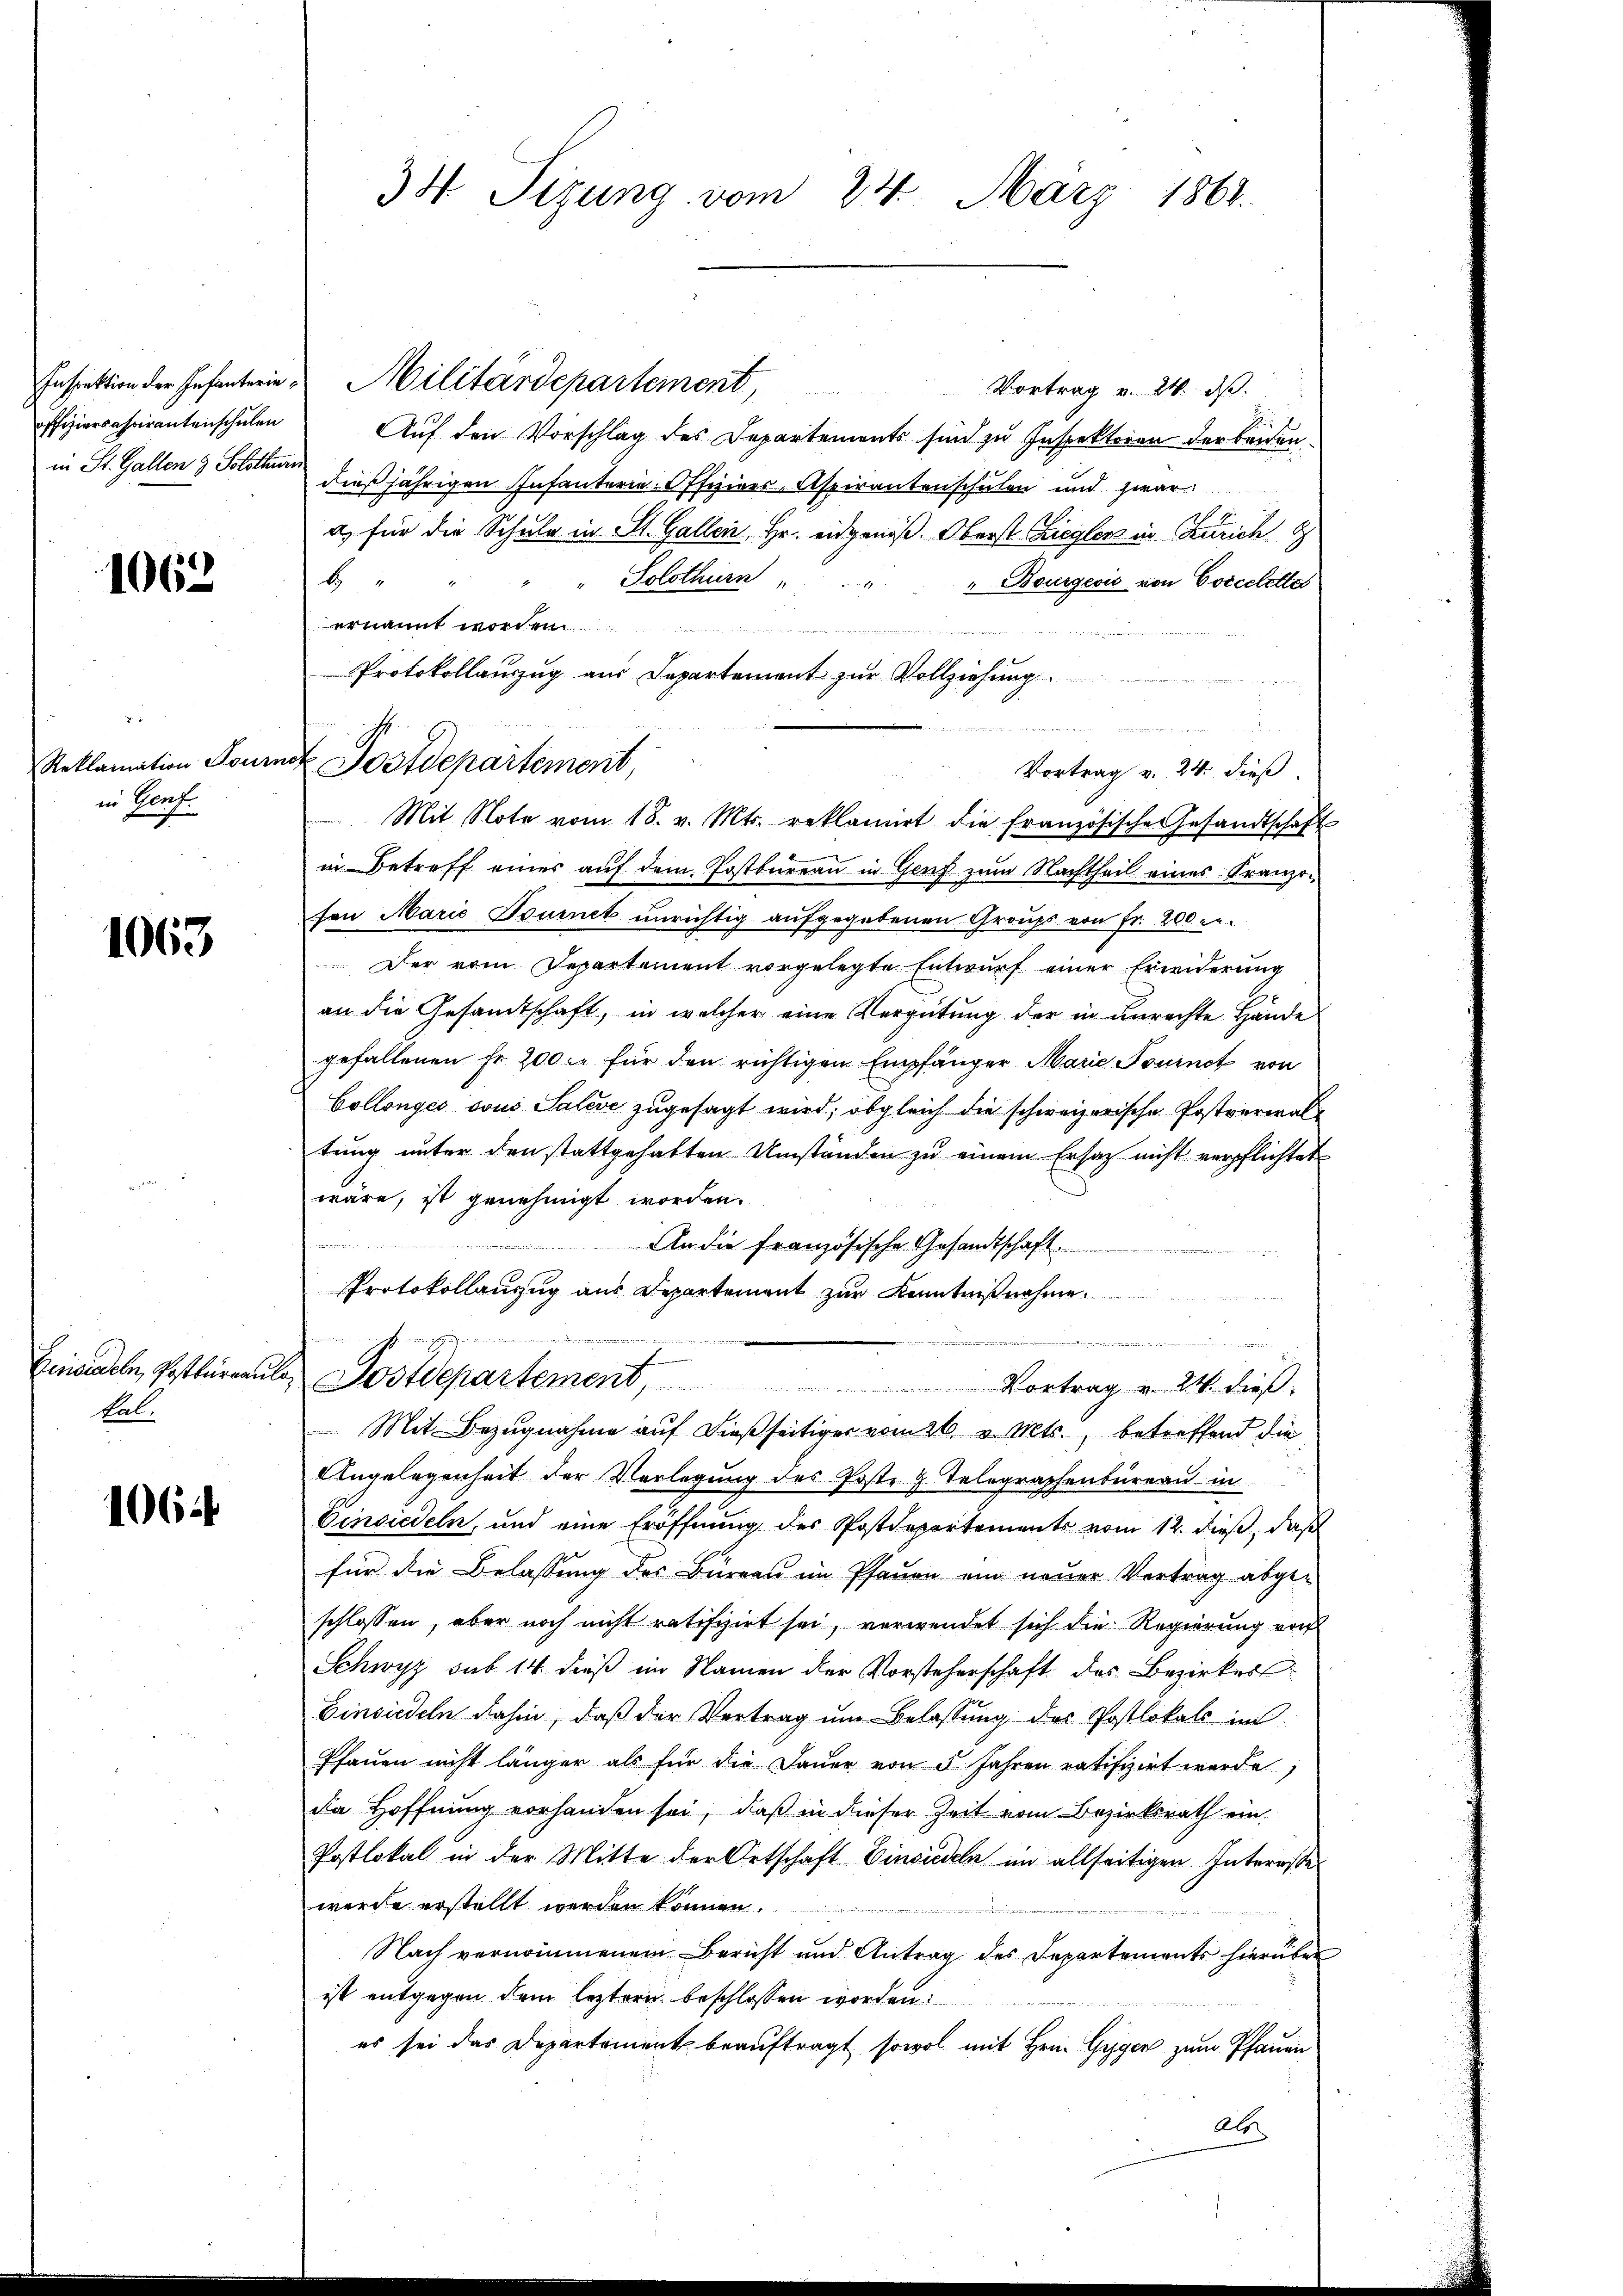
offiziersaspirantenschulen

1062.

Reklamation Journ
in Genf.

1063

Einandeln, Postkurnaule,
kal.

1064

34 Sizung vom 24. März 1868.

Inspektion der Infanterie Militärdepartement,
Vortrag v. 24. ds.
Auf den Vorschlag des Departements sind zu Inspektoren der beiden
in St. Gallen 9 Solothurn dießjährigen Infanterie-Offizier-Aspirantenschulen und zwar
a) für die Schule in St. Gallein Hr. eidgenöß. Oberst Zieglers in Zürich d
H
"" Solothurn
" Bourgeois von Coccelettes
ernannt worden
g
Protokollanzug aus Departement zur Vollziehung.
Vortrag v. 24. dieß
Mit Note vom 18. v. Mts. reklamirt die französische Gesandtschaft
in Betreff eines auf dem Postbüreau in Genf zum Nachtheil eines Franzohon Marie Tournet unrichtig aufgegebenen Groups von Fr. 200 r.
Der vom Departement vorgelegte Entwurf einer Erweiderung
an die Gesandtschaft, in welcher eine Vergütung der in unrechte Hände
gefallenen Fr. 200 xr für den richtigen Empfänger Marie Tominat von
Collonges von Salise zugesagt wird; obgleich die schweizerische Postverwal
tung unter den stattgehabten Umständen zu einem Ersatz nicht verpflichtet
wäre, ist genehmigt worden.
d
An die französische Gesandtschaft.
Protokollanzug aus Departement zur Kenntnißnahme
m
.
Postdepartement
Vortrag v. 24. dieß.
Mit Bezugnahme auf dießseitiger vom 26. v. Mts., betreffend die
Angelegenheit der Vorlegung des Poste & Telegraphenbüreau in
Einsiedeln, und eine Eröffnung des Postdepartements vom 12. dieß, daß
für die Belassung des Büreau im Pfauen ein neuer Vertrag abgeschlossen, aber noch nicht ratifizirt sei, verwendet sich die Regierung von
Schwyz sub 14. dieß im Namen der Vorsteherschaft des Bezirkes
Einsiedeln dahin, daβ der Vertrag ŭm Belassŭng des Postlokals im
Pfauen nicht länger als für die Dauer von 5 Jahren ratifizirt werde,
da Hoffnung vorhanden sei, daß in dieser Zeit vom Bezirksrath ein
Postlokal in der Mitte der Ortschaft Einsiedeln im allseitigen Interesse
werde erstellt werden können.
Nach vernommenem Bericht und Antrag des Departements hierüber
ist entgegen dem leztern beschlossen worden
es sei das Departement beauftragt, sowol mit Hrn. Gyger zum Pfauen
Als

Postdepartement,